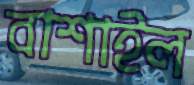
বাশাইল